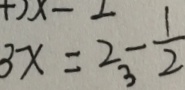
3 x = 2 - \frac { 1 } { 2 }